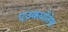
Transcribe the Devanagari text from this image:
एउकर्योतेस